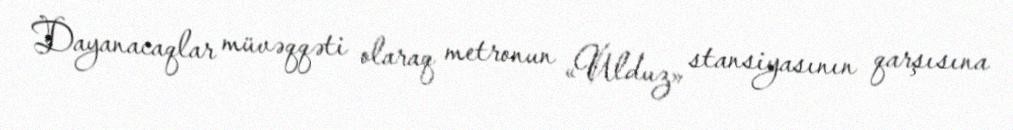
Dayanacaqlar müvəqqəti olaraq metronun «Ulduz» stansiyasının qarşısına